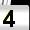
Digit: 4